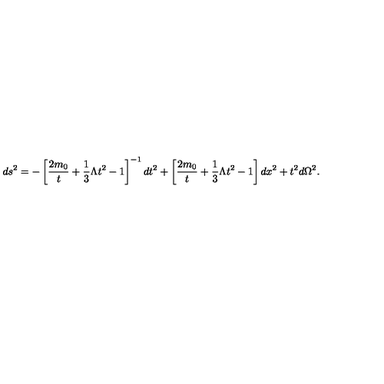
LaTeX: d s ^ { 2 } = - \left[ \frac { 2 m _ { 0 } } { t } + \frac { 1 } { 3 } \Lambda t ^ { 2 } - 1 \right] ^ { - 1 } d t ^ { 2 } + \left[ \frac { 2 m _ { 0 } } { t } + \frac { 1 } { 3 } \Lambda t ^ { 2 } - 1 \right] d x ^ { 2 } + t ^ { 2 } d \Omega ^ { 2 } .